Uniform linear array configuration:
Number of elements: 4
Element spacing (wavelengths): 0.5
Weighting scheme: uniform
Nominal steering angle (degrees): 0
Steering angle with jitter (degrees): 0.374
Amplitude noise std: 0.05
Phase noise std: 0.05

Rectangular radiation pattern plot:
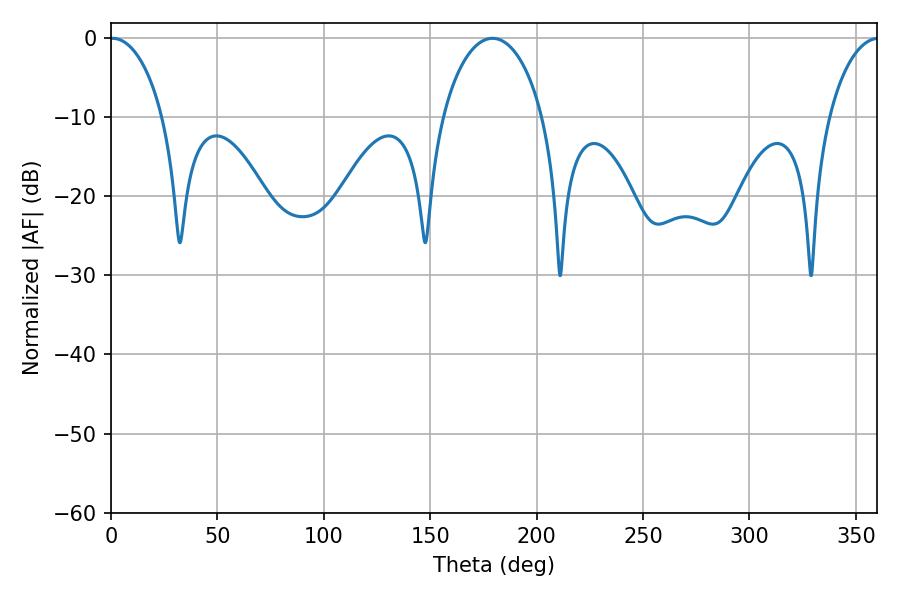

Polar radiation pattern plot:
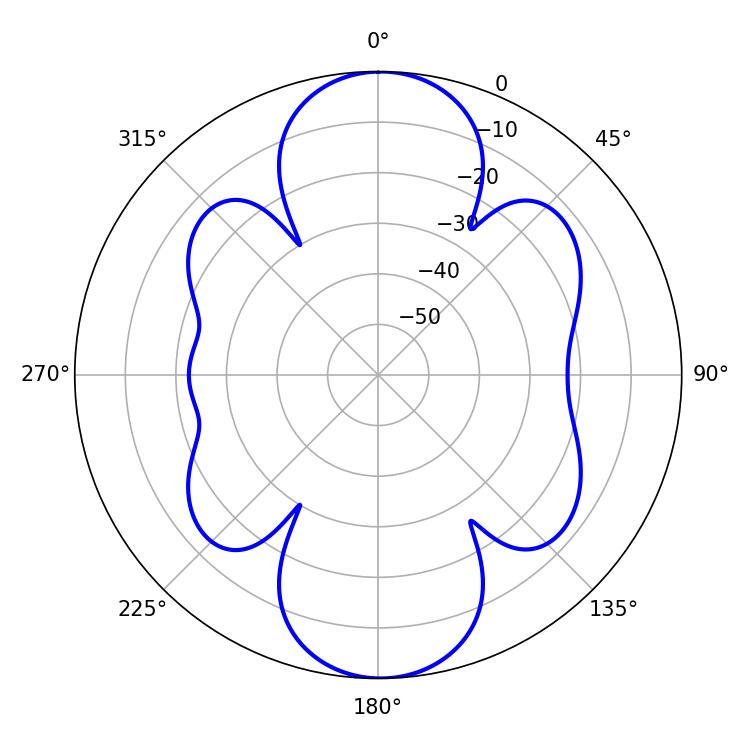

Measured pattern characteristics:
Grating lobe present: FALSE
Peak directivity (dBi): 18.994
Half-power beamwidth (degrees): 14.22
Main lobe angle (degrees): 0.72